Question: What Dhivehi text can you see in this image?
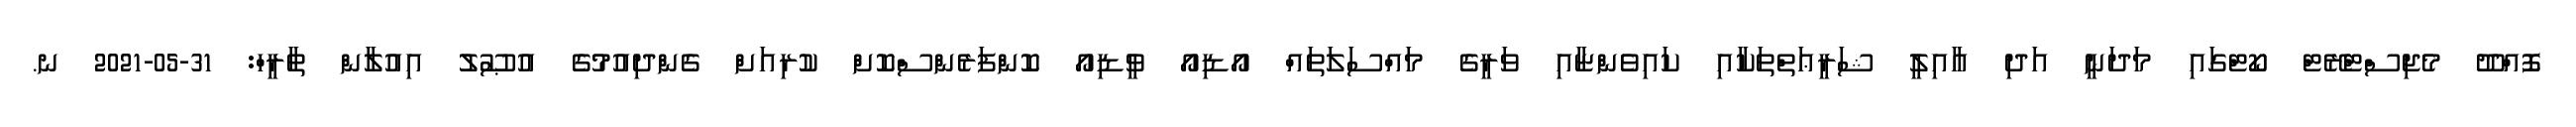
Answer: ފޮއްދޫ މެޖިސްޓްރޭޓް ކޯޓްގައި މަދަނީ އަދި އާއިލީ ޝަރީޢަތްތަކާއި ކައިވެންޏާއި ވަރީގެ މައްސަލަތައް އޯޑިއޯ ވީޑިއޯ ކޮންފަރެންސްކޮށް ކުރިއަށް ގެންދިއުމުގެ އުޞޫލު އިއުލާން ތާރީހް: 31-05-2021 ނ.